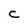
Character: C